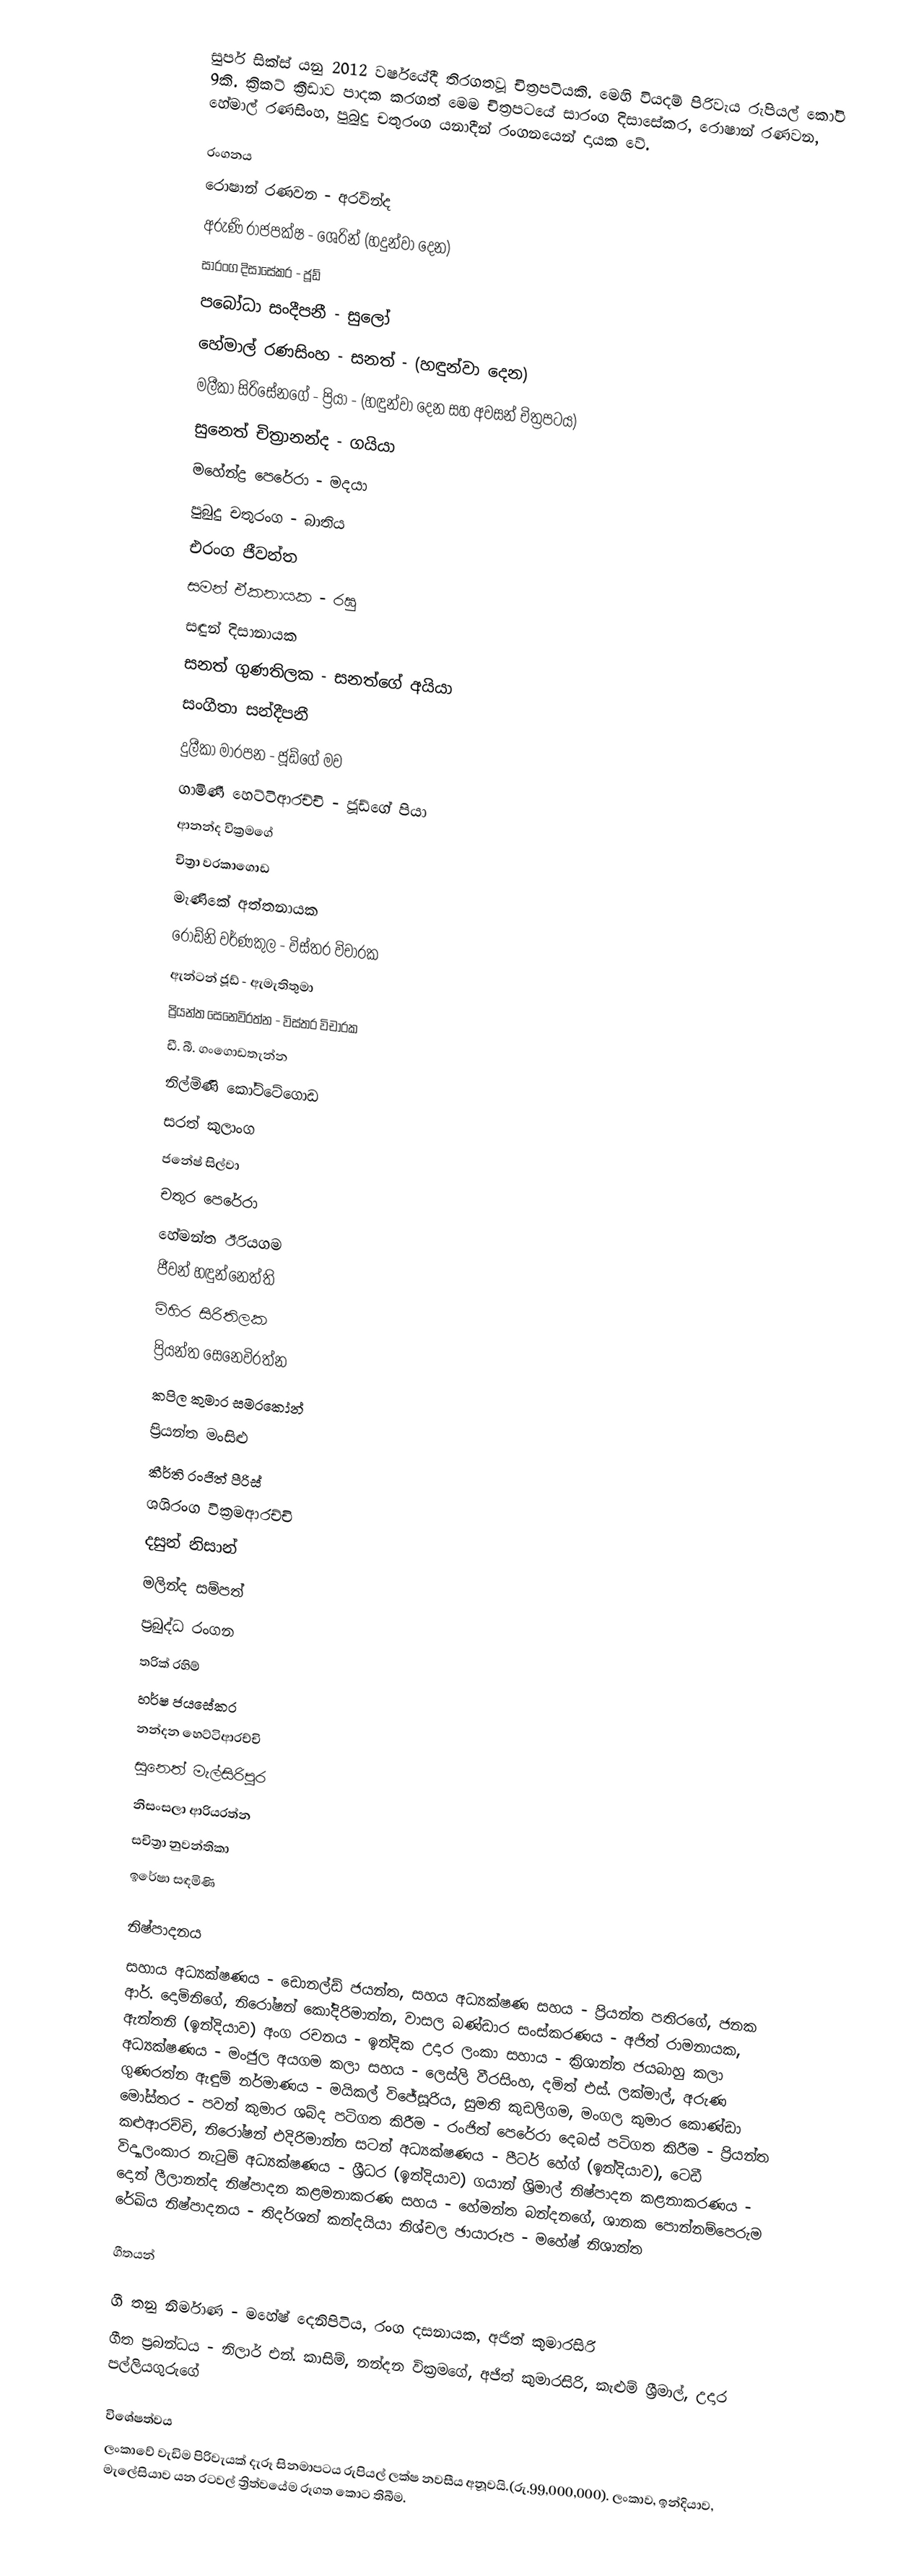
සුපර් සික්ස් යනු 2012 වර්ෂයේදී තිරගතවූ චිත්‍රපටියකි. මෙහි වියදම් පිරිවැය රුපියල් කෝටි 9කි. ක්‍රිකට් ක්‍රීඩාව පාදක කරගත් මෙම චිත්‍රපටයේ සාරංග දිසාසේකර, රොෂාන් රණවන, හේමාල් රණසිංහ, පුබුදු චතුරංග යනාදීන් රංගනයෙන් දායක වේ.

රංගනය
රොෂාන් රණවන - අරවින්ද
අරුණි රාජපක්ෂ - ශෙරින් (හදුන්වා දෙන)
සාරංග දිසාසේකර - ජූඩ්
පබෝධා සංදීපනී - සුලෝ
හේමාල් රණසිංහ - සනත් - (හඳුන්වා දෙන)
මලීකා සිරිසේනගේ - ප්‍රියා - (හඳුන්වා දෙන සහ අවසන් චිත්‍රපටය)
සුනෙත් චිත්‍රානන්ද - ගයියා
මහේන්ද්‍ර පෙරේරා - මදයා
පුබුදු චතුරංග - බාතිය
එරංග ජීවන්ත
සමන් ඒකනායක - රඝු
සඳුන් දිසානායක
සනත් ගුණතිලක - සනත්ගේ අයියා
සංගීතා සන්දීපනී
දුලීකා මාරපන - ජූඩ්ගේ මව
ගාමිණී හෙට්ටිආරච්චි - ජූඩ්ගේ පියා
ආනන්ද වික්‍රමගේ
චිත්‍රා වරකාගොඩ
මැණිකේ අත්තනායක
රොඩ්නි වර්ණකුල - විස්තර විචාරක
ඇන්ටන් ජූඩ් - ඇමැතිතුමා
ප්‍රියන්ත සෙනෙවිරත්න - විස්තර විචාරක
ඩී. බී. ගංගොඩතැන්න
නිල්මිණි කෝට්ටේගොඩ
සරත් කුලාංග
ජනේෂ් සිල්වා
චතුර පෙරේරා
හේමන්ත ඊරියගම
ජීවන් හඳුන්නෙත්ති
මිහිර සිරිතිලක
ප්‍රියන්ත සෙනෙවිරත්න
කපිල කුමාර සමරකෝන්
ප්‍රියන්ත මංසිළු
කීර්ති රංජිත් පීරිස්
ශශිරංග වික්‍රමආරච්චි
දසුන් නිසාන්
මලින්ද සම්පත්
ප්‍රබුද්ධ රංගන
තරික් රහිම්
හර්ෂ ජයසේකර
නන්දන හෙට්ටිආරච්චි
සුනෙත් මැල්සිරිපුර
නිසංසලා ආරියරත්න
සචිත්‍රා නුවන්තිකා
ඉරේෂා සඳමිණි

නිෂ්පාදනය
සහාය අධ්‍යක්ෂණය - ඩොනල්ඩ් ජයන්ත, සහය අධ්‍යක්ෂණ සහය - ප්‍රියන්ත පතිරගේ, ජනක ආර්. දොමිනිගේ, නිරෝෂන් කෝදිරිමාන්න, වාසල බණ්ඩාර සංස්කරණය - අජිත් රාමනායක, ඇන්තනි (ඉන්දියාව) අංග රචනය - ඉන්දික උදාර ලංකා සහාය - ක්‍රිශාන්ත ජයබාහු කලා අධ්‍යක්ෂණය - මංජුල අයගම කලා සහය - ලෙස්ලි වීරසිංහ, දමිත් එස්. ලක්මාල්, අරුණ ගුණරත්න ඇඳුම් නර්මාණය - මයිකල් විජේසූරිය, සුමති කුඩලිගම, මංගල කුමාර කොණ්ඩා මෝස්තර - පවන් කුමාර ශබ්ද පටිගත කිරීම - රංජිත් පෙරේරා දෙබස් පටිගත කිරීම - ප්‍රියන්ත කළුආරච්චි, නිරෝෂන් එදිරිමාන්න සටන් අධ්‍යක්ෂණය - පීටර් හේග් (ඉන්දියාව), ටෙඩී විද්‍යාලංකාර නැටුම් අධ්‍යක්ෂණය - ශ්‍රීධර (ඉන්දියාව) ගයාන් ශ්‍රිමාල් නිෂ්පාදන කළනාකරණය - දොන් ලීලානන්ද නිෂ්පාදන කළමනාකරණ සහය - හේමන්ත බන්දනගේ, ශානක පොන්නම්පෙරුම රේඛිය නිෂ්පාදනය - තිදර්ශන් කන්දයියා නිශ්චල ඡායාරූප - මහේෂ් නිශාන්ත

ගීතයන්

ගී තනු නිර්මාණ - මහේෂ් දෙනිපිටිය, රංග දසනායක, අජිත් කුමාරසිරි
ගීත ප්‍රබන්ධය - නිලාර් එන්. කාසිම්, නන්දන වික්‍රමගේ, අජිත් කුමාරසිරි, කැළුම් ශ්‍රීමාල්, උදාර පල්ලියගුරුගේ

විශේෂත්වය
ලංකාවේ වැඩිම පිරිවැයක් දැරූ සිනමාපටය රුපියල් ලක්ෂ නවසීය අනූවයි.(රු.99,000,000). ලංකාව, ඉන්දියාව, මැලේසියාව යන රටවල් ත්‍රිත්වයේම රූගත කොට තිබීම.